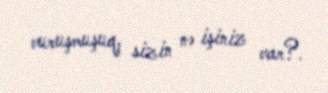
vuruşmuşuq, sizin nə işiniz var?.